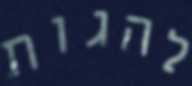
להגות